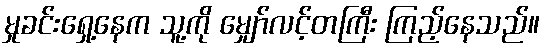
မှုခင်းရှေ့နေက သူ့ကို မျှော်လင့်တကြီး ကြည့်နေသည်။